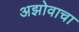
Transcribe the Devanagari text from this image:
अझोवाचा